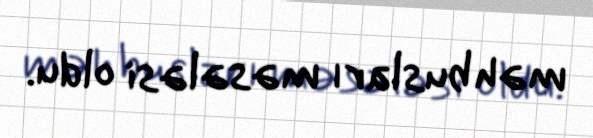
məhbusları məsələsi oldu.